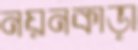
নয়নকাড়া